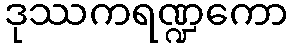
ဒုဿကရဏ္ဍကော